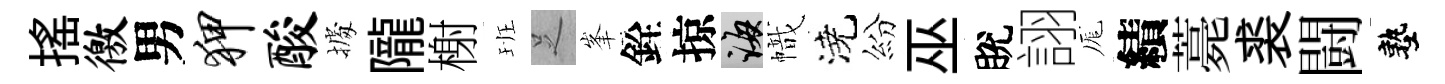
揺徼男狎酸𢴃隴榭班𠯁峯銓掠誨幟澆紛巫脫詡厖績薧裘闘塾